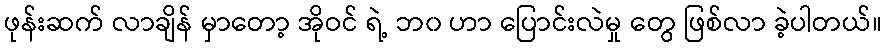
ဖုန်းဆက် လာချိန် မှာတော့ အိုဝင် ရဲ့ ဘ၀ ဟာ ပြောင်းလဲမှု တွေ ဖြစ်လာ ခဲ့ပါတယ်။